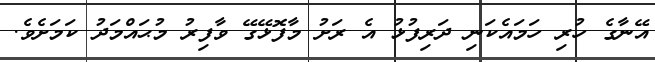
އޭނާގެ ހުރި ހަމައެކަނި ދަރިފުޅު އެ ރަށު މާފޮޅޭގޭ ވާފިރު މުޙައްމަދު ކަމަށެވެ.